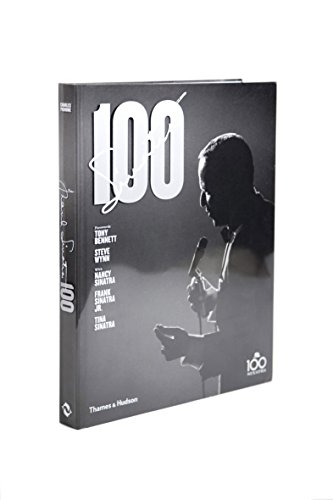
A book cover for Sinatra 100; Charles Pignone; Humor & Entertainment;